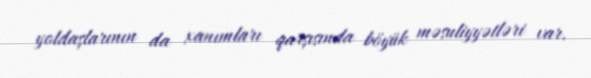
yoldaşlarının da xanımları qarşısında böyük məsuliyyətləri var.